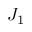
J _ { 1 }